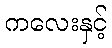
ကလေးနှင့်